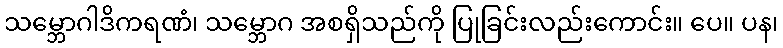
သမ္ဘောဂါဒိကရဏံ၊ သမ္ဘောဂ အစရှိသည်ကို ပြုခြင်းလည်းကောင်း။ ပေ။ ပန၊